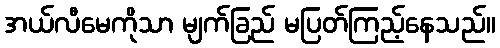
အယ်လီမေကိုသာ မျက်ခြည် မပြတ်ကြည့်နေသည်။